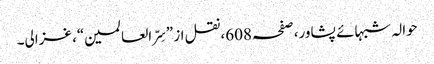
حوالہ شبہائے پشاور،صفحہ608،نقل از ”سِرّ العالمین“، غزالی۔